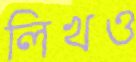
লিখও